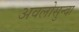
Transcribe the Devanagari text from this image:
अवलोसुन्दा